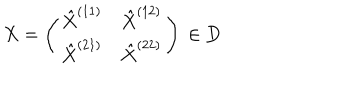
X = \left( \begin{array} { c c } { { \hat { X } ^ { ( 1 1 ) } } } & { { \hat { X } ^ { ( 1 2 ) } } } \\ { { \hat { X } ^ { ( 2 1 ) } } } & { { \hat { X } ^ { ( 2 2 ) } } } \\ \end{array} \right) \, \in { \bf D }